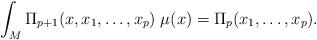
LaTeX: \begin{align*} \int_M \Pi_{p+1} (x,x_1, \ldots , x_{p}) \; \mu (x) = \Pi_p ( x_1, \ldots , x_p).\end{align*}